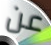
عن